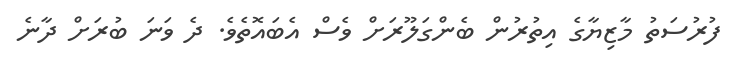
ފުރުސަތު މާޒިޔާގެ އިތުރުން ބެންގަލޫރަށް ވެސް އެބައޮތެވެ. ދެ ވަނަ ބުރަށް ދާނެ